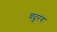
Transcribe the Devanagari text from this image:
चदुरंग